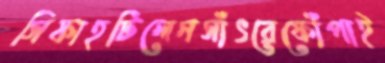
সিফাহটিলেনসাঁৎরেফোঁপাই